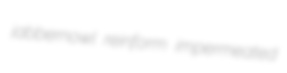
jabbernowl reinform impermeated